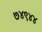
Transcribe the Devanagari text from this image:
७४९४४